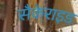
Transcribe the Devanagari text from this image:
सैकेराइड